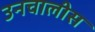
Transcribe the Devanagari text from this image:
उनचालीस